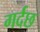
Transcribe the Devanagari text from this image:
गर्दछ